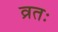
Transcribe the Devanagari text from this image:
व्रतः